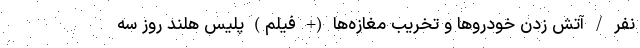
نفر / آتش زدن خودرو‌ها و تخریب مغازه‌ها (+ فیلم) پلیس هلند روز سه